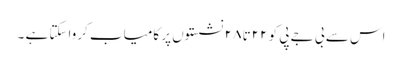
اس سے بی جے پی کو ۲۲تا ۲۸ نشستوں پر کامیاب کرواسکتا ہے ۔